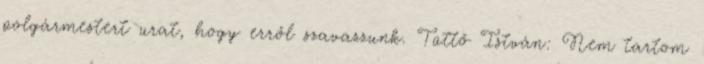
polgármestert urat, hogy erről szavazzunk. Tüttő István: Nem tartom